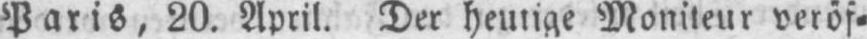
Paris, 20. April. Der heutige Moniteur veröf⸗